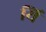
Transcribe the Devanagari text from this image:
यिं